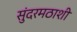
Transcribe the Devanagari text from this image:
सुंदरमठाशी